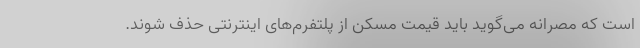
است که مصرانه می‌گوید باید قیمت مسکن از پلتفرم‌های اینترنتی حذف شوند.